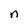
Character: n